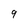
Character: 9